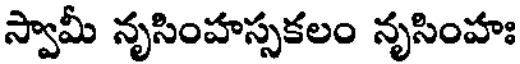
స్వామీ నృసింహస్సకలం నృసింహః